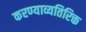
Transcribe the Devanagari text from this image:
करण्याव्यतिरिक्त